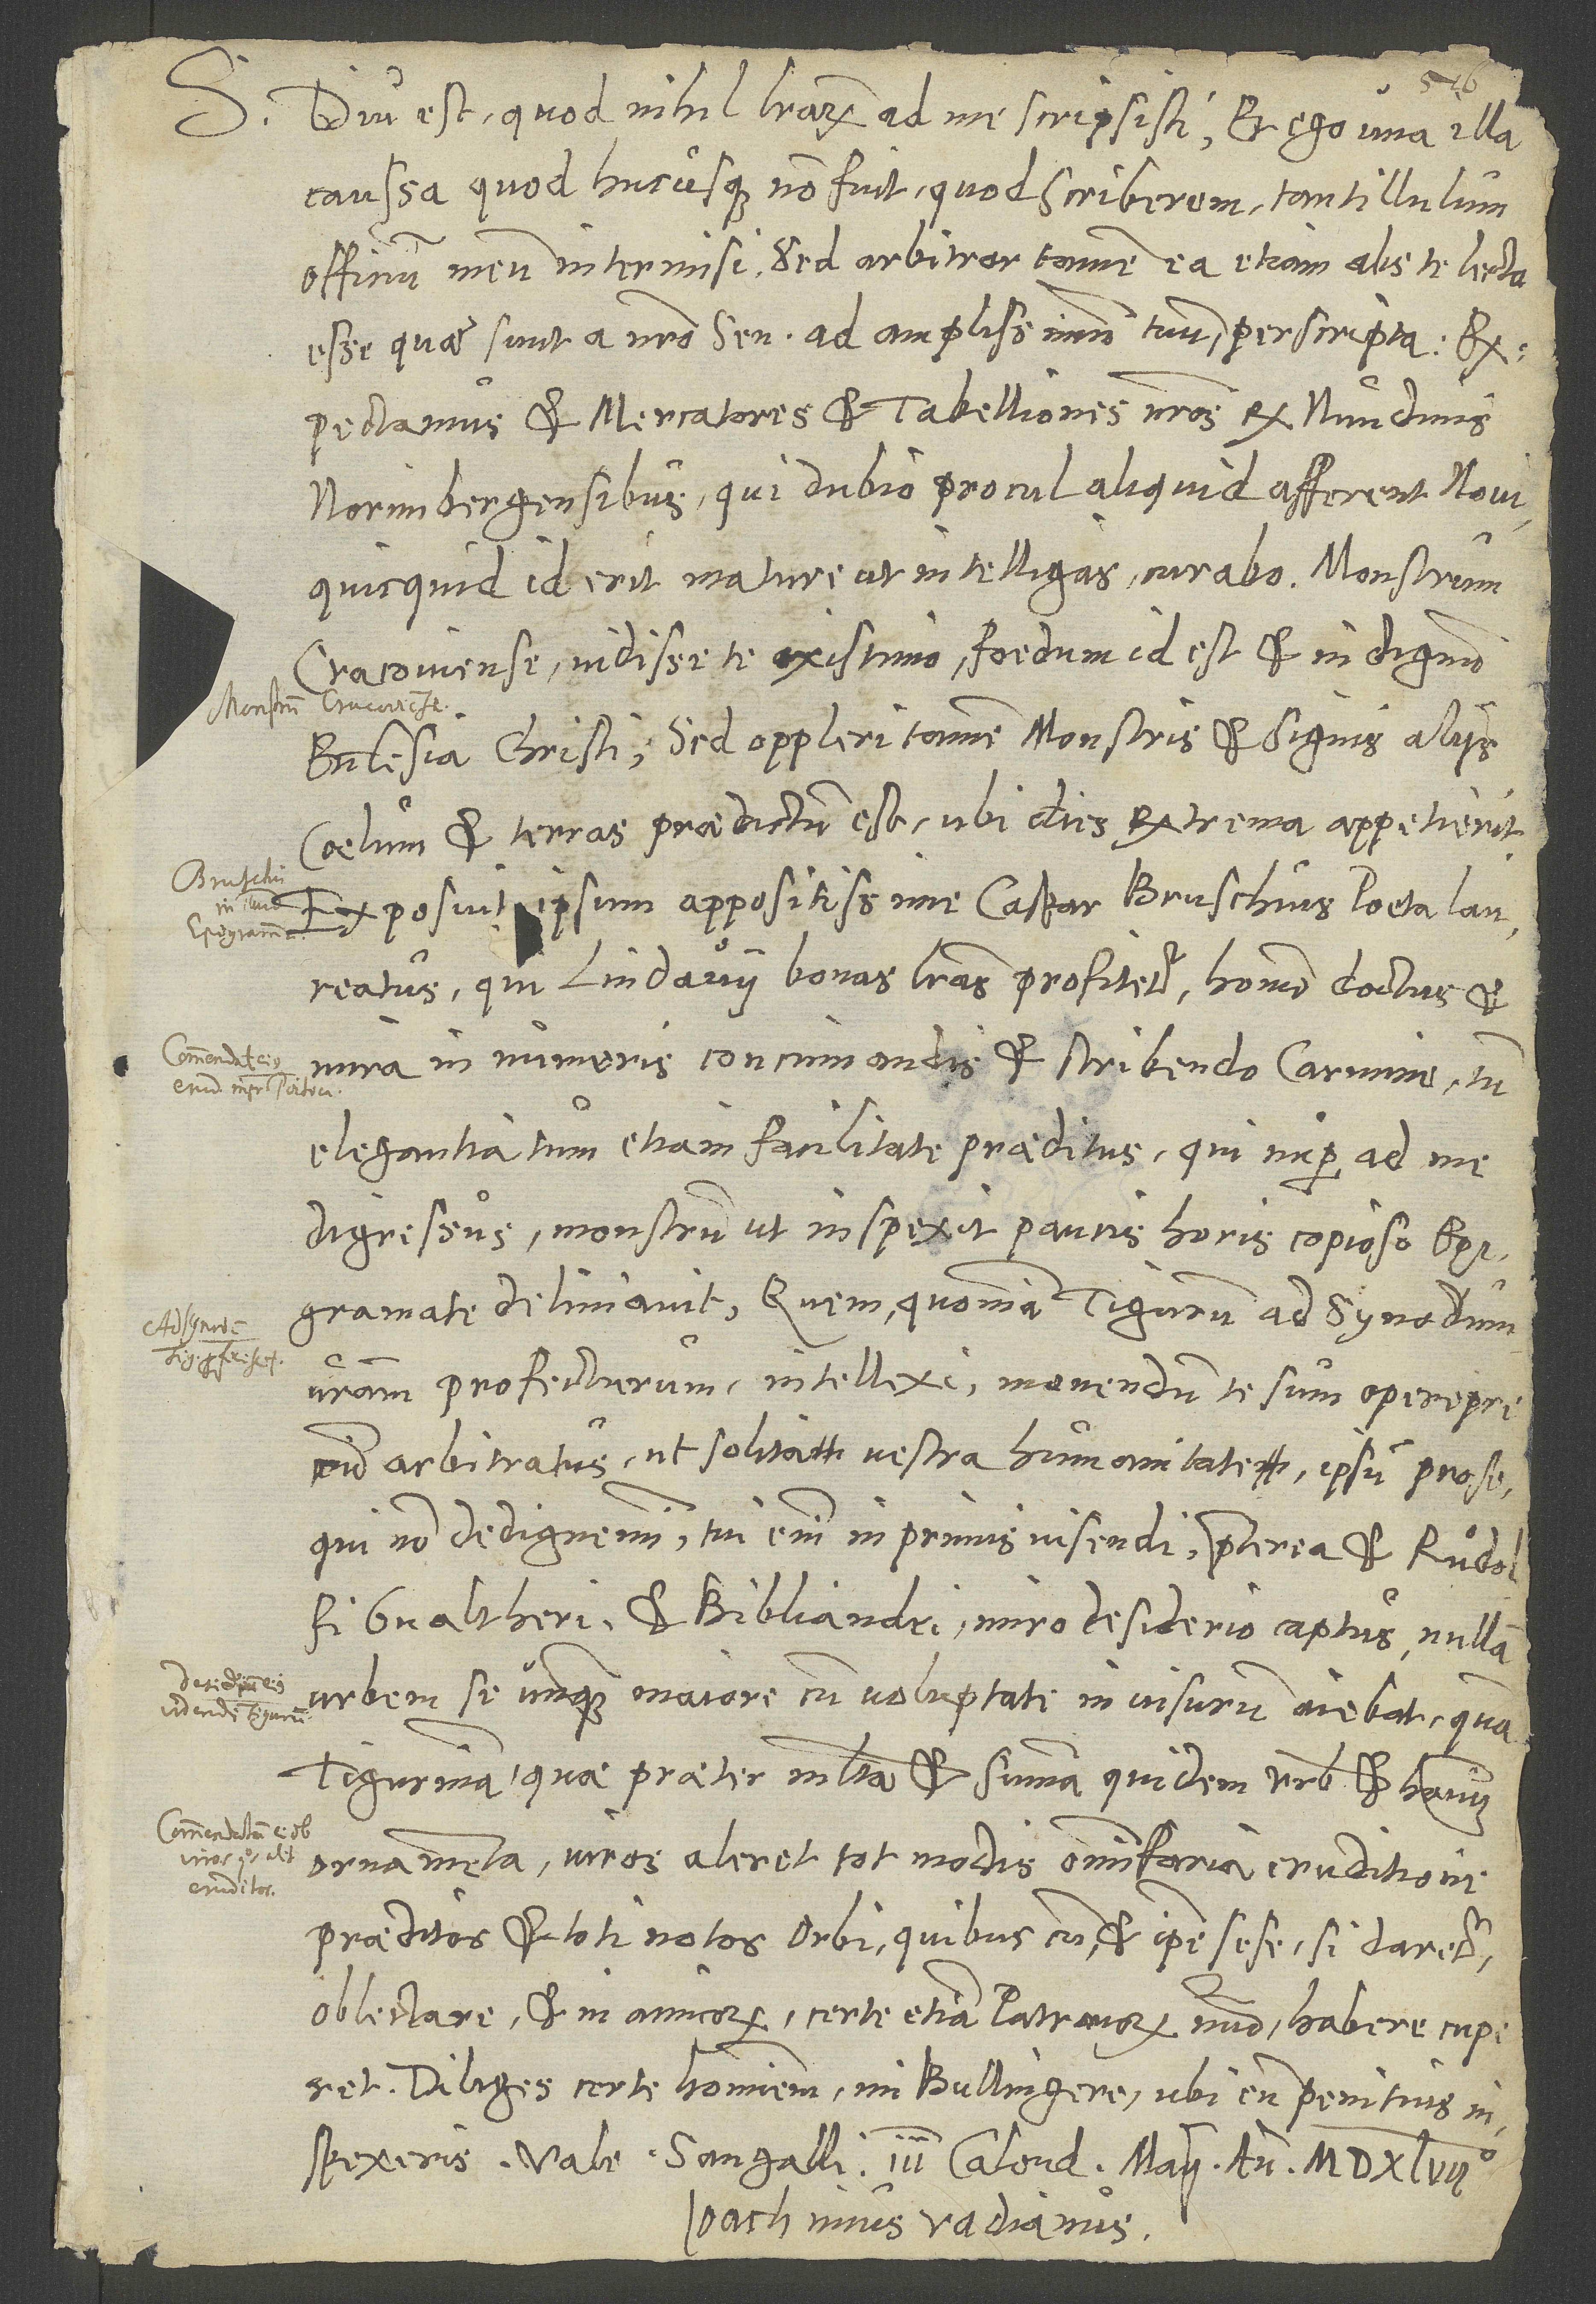
S. Diu est, quod nihil literarum ad me scripsisti, et ego una illa
caussa, quod hucusque non fuit, quod scriberem, tantillulum
officium meum intermisi. Sed arbitror tamen, ea etiam abs te lecta
esse, quae sunt a nostro senatu ad amplissimum tuum perscripta.
Exspectamus et mercatores et tabelliones nostros ex nundinis
Norimbergensibus, qui dubio procul aliquid afferent novi.
Quicquid id erit, mature ut intelligas curabo. Monstrum
Cracoviense vidisse te existimo. Foedum id est et indignum
ecclesia Christi; sed oppleri tamen monstris et signis aliis
caelum et terras praedictum est, ubi dies extrema appetierit.
Exposuit ipsum appositissime Caspar Bruschius, poeta laureatus,
qui Lindavii bonas literas profitetur, homo doctus et
mira in numeris concinnandis et scribendo carmine tum
elegantia, tum etiam facilitate praeditus, qui nuper ad me
digressus, monstrum ut inspexit, paucis horis copioso epigram(m)ate
deliniavit. Quem quoniam Tigurum ad synodum
vestram profecturum intellexi, monendum te sum operae pretium
arbitratus, ut solita vestra humanitate ipsum prosequi
Gvaltheri et Bibliandri miro desiderio captus, nullam
urbem se unquam maiore cum voluptate invisurum aiebat quam
Tigurinam, quae praeter multa et summa quidem urbis et hominum
ornamenta viros aleret tot modis omnifaria eruditione
praeditos et toti notos orbi, quibuscum et ipse sese, si daretur,
oblectare et in amicorum, certe etiam patronorum numero habere cuperet.
Diliges certe hominem, mi Bullingere, ubi eum penitus
inspexeris. Vale. Sangalli, III. Kalendas Maii, anno MDXLVII.
Ioachimus Vadianus.